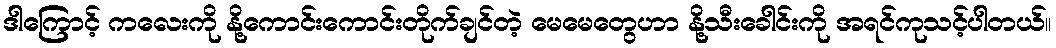
ဒါကြောင့် ကလေးကို နို့ကောင်းကောင်းတိုက်ချင်တဲ့ မေမေတွေဟာ နို့သီးခေါင်းကို အရင်ကုသင့်ပါတယ်။